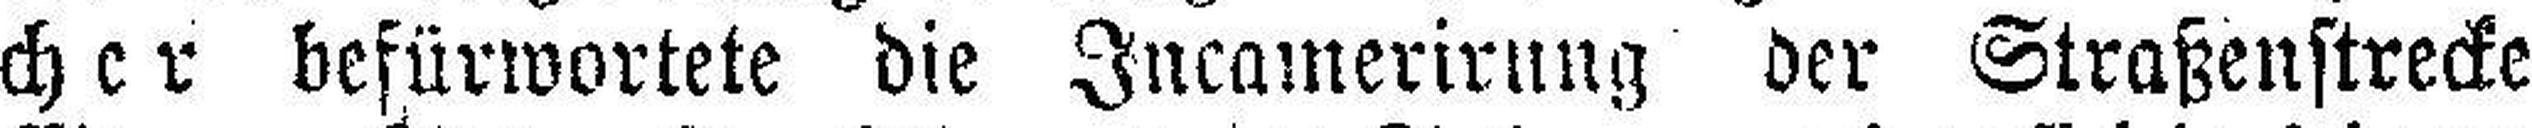
cher befürwortete die Incamerirung der Straßenstrecke